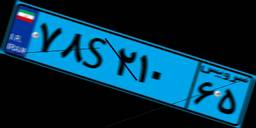
۱۰S۸۲۷۹۹